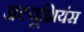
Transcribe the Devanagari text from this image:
अल्यूशियंस